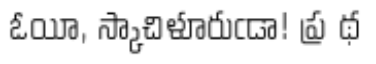
ఓయీ, స్కాచిళూరుఁడా! ప్ర థ